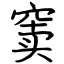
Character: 窦